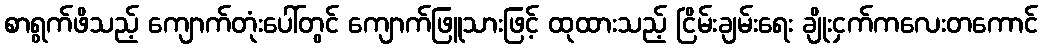
စာရွက်ဖိသည့် ကျောက်တုံးပေါ်တွင် ကျောက်ဖြူသားဖြင့် ထုထားသည့် ငြိမ်းချမ်းရေး ချိုးငှက်ကလေးတကောင်